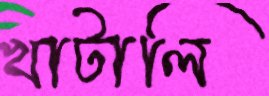
খাটালি